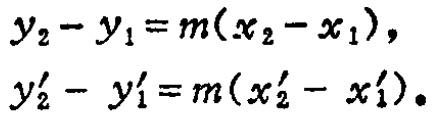
\[
y_{2}-y_{1}=m(x_{2}-x_{1}),
\]
\[
y_{2}'-y_{1}'=m(x_{2}'-x_{1}').
\]